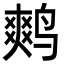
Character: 𮭪